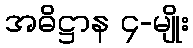
အဓိဋ္ဌာန ၄-မျိုး